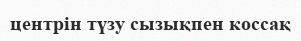
центрін түзу сызықпен коссақ